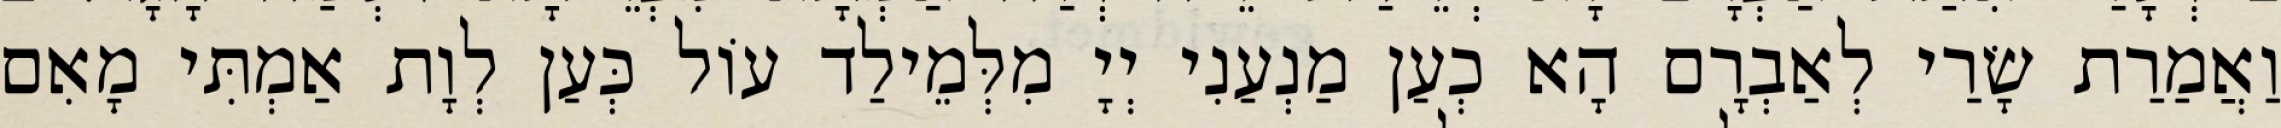
וַאֲמַרַת שָׂרַי לְאַבְרָם הָא כְעַן מַנְעַנִי יְיָ מִלְּמֵילַד עוֹל כְּעַן לְוָת אַמְתִּי מָאִם